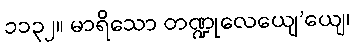
၁၁၃၂။ မာရိသော တဏ္ဍုလေယျေ’ယျေ၊